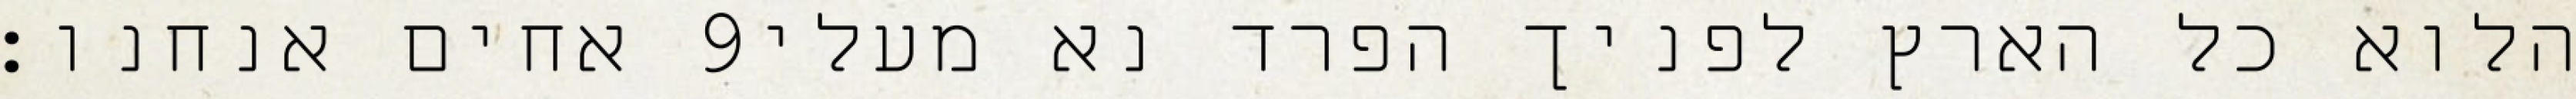
אחים אנחנו׃ ‎9‏ הלוא כל הארץ לפניך הפרד נא מעלי